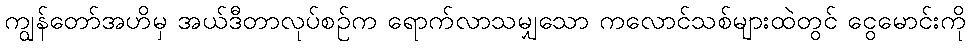
ကျွန်တော်အဟိမှ အယ်ဒီတာလုပ်စဉ်က ရောက်လာသမျှသော ကလောင်သစ်များထဲတွင် ငွေမောင်းကို